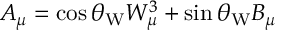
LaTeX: A _ { \mu } = \cos \theta _ { \mathrm { W } } W _ { \mu } ^ { 3 } + \sin \theta _ { \mathrm { W } } B _ { \mu }